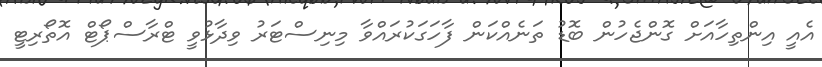
އެއީ އިންތިހާއަށް ގޮންޖެހުން ބޮޑު ތަނެއްކަން ފާހަގަކުރައްވާ މިނިސްޓަރު ވިދާޅުވީ ޓްރާސްޕޯޓް އޮތޯރިޓީ